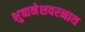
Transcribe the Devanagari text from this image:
भुब्वनेशवरनाथ